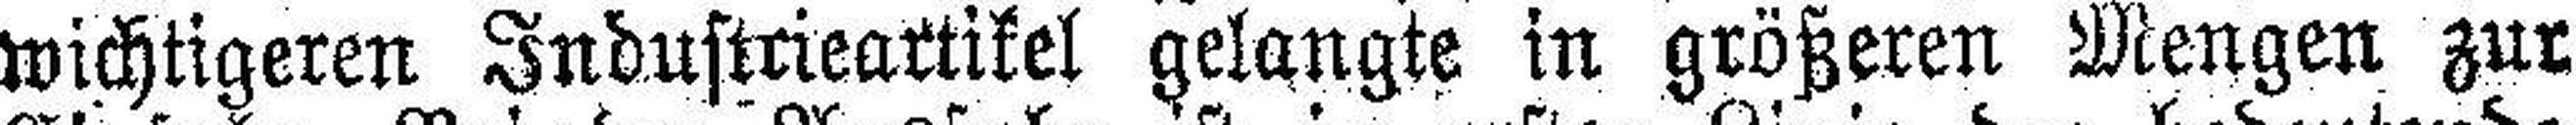
wichtigeren Industrieartikel gelangte in größeren Mengen zur